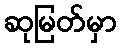
ဆုမြတ်မှာ